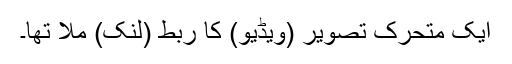
ایک متحرک تصویر (ویڈیو) کا ربط (لنک) ملا تھا۔